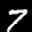
Label: 7